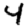
Digit: 4